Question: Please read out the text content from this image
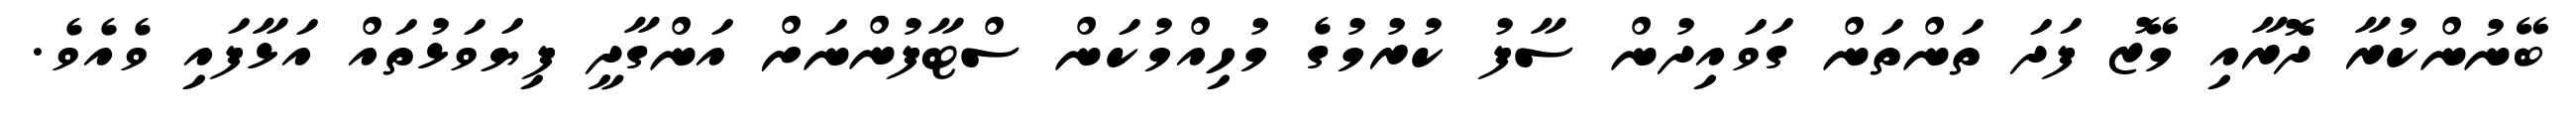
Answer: ބޭނުންކުރާ ދޮރާއި މޭޒު ފަދަ ތަންތަން ގަވައިދުން ސާފު ކުރުމުގެ މުހިއްމުކަން ސްޓާފުންނަށް އަންގާދީ ފިޔަވަޅުތައް އަޅާފައި ވެއެވެ.